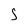
Character: S